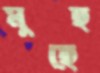
মুছেছ